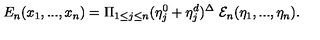
{ E } _ { n } ( x _ { 1 } , . . . , x _ { n } ) = \Pi _ { 1 \leq j \leq n } ( \eta _ { j } ^ { 0 } + \eta _ { j } ^ { d } ) ^ { \Delta } \ { \cal E } _ { n } ( \eta _ { 1 } , . . . , \eta _ { n } ) .